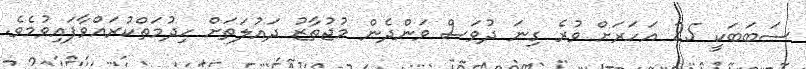
ސަބަބަކީ 25 އަހަރަށް ވުރެ ގިނަ ދުވަސް ވަންދެން މުޖުތާޒު ދައުލަތަށް ހިދުމަތްކުރައްވާފައިވުމެވެ.